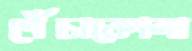
পেঁচাকোলা